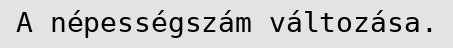
A népességszám változása.